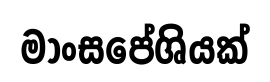
මාංසපේශියක්